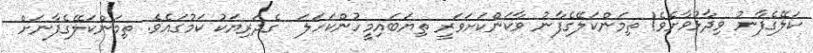
ކަލޭގެފާނު ވިދާޅުވާށެވެ! ތިމަންކަލޭގެފާނު ވާކަންކަށަވަރީ ތިޔަބައިމީހުންކަހަލަ  ގެދަރިޔަކު ކަމުގައެވެ. ތިމަންކަލޭގެފާނަށް